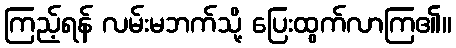
ကြည့်ရန် လမ်းမဘက်သို့ ပြေးထွက်လာကြ၏။